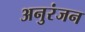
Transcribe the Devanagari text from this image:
अनुरंजन